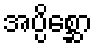
အပ္ပိစ္ဆော